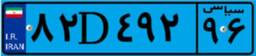
۸۲D۴۹۲۹۶